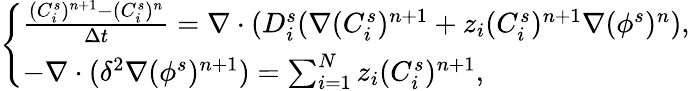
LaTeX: \left\{ \begin{array}{l}{\frac{(C_{i}^{s})^{n+1}-(C_{i}^{s})^{n}}{\Delta t}=\nabla\cdot(D_{i}^{s}(\nabla(C_{i}^{s})^{n+1}+z_{i}(C_{i}^{s})^{n+1}\nabla(\phi^{s})^{n}),}\\ {-\nabla\cdot(\delta^{2}\nabla(\phi^{s})^{n+1})=\sum_{i=1}^{N}z_{i}(C_{i}^{s})^{n+1},}\end{array}\right.